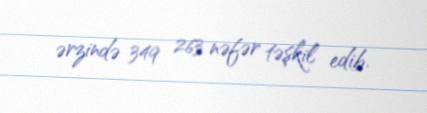
ərzində 349 263 nəfər təşkil edib.